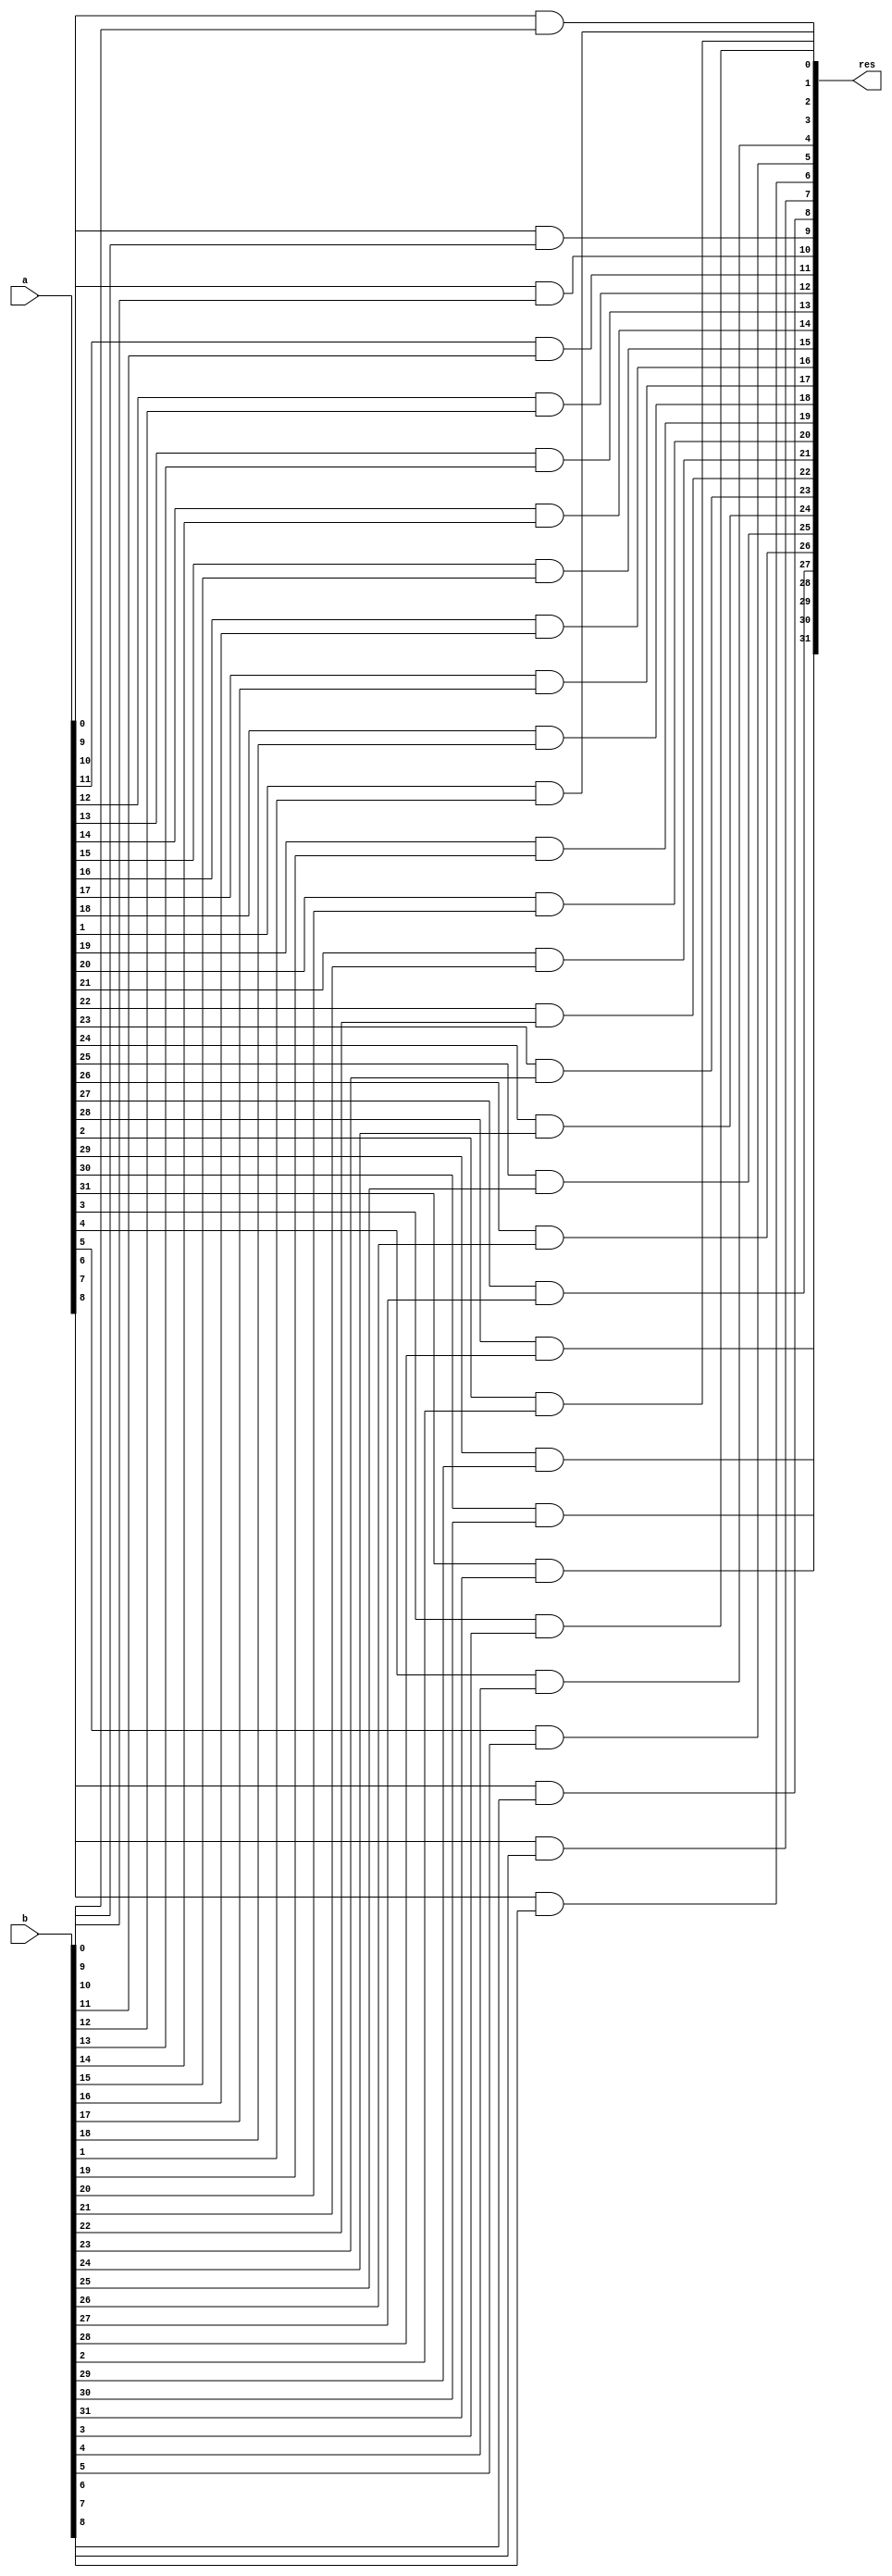
module and_32bit(res, a, b);

	input [31:0] a, b;
	output [31:0] res;
	
	
/*	for loop is used in order to avoid writing 32 unnecesary lines of codes
the program still holds its structural verilog design. generate loop 
generates this programatically in parallel. this is why this code remains structural verilog	*/

	genvar i;
		generate
			for( i = 0; i<32; i = i+1 )
				begin: parallel_loop_and
				and and_instance( res[i], a[i], b[i]);
			end
	endgenerate

endmodule